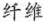
纤维